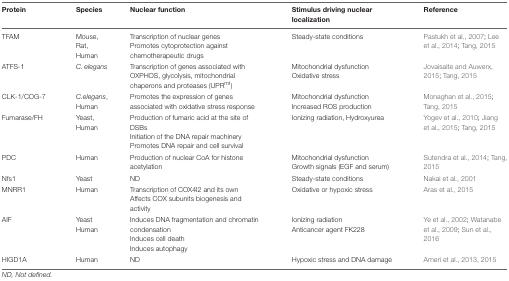
| Protein | Species | Nuclear function | Stimulus driving nuclear localization | Reference |
 | --- | --- | --- | --- | --- |
 | TFAM | Mouse, Rat, Human | Transcription of nuclear genesPromotes cytoprotection against chemotherapeutic drugs | Steady-state conditions | Pastukh et al., 2007; Lee et al., 2014; Tang, 2015 |
 | ATFS-1 | C. elegans | Transcription of genes associated with OXPHOS, glycolysis, mitochondrial chaperons and proteases (UPRmt) | Mitochondrial dysfunctionOxidative stress | Jovaisaite and Auwerx, 2015; Tang, 2015 |
 | CLK-1/COG-7 | C.elegans, Human | Promotes the expression of genes associated with oxidative stress response | Mitochondrial dysfunctionIncreased ROS production | Monaghan et al., 2015; Tang, 2015 |
 | Fumarase/FH | Yeast, Human | Production of fumaric acid at the site of DSBsInitiation of the DNA repair machineryPromotes DNA repair and cell survival | Ionizing radiation, Hydroxyurea | Yogev et al., 2010; Jiang et al., 2015; Tang, 2015 |
 | PDC | Human | Production of nuclear CoA for histone acetylation | Mitochondrial dysfunctionGrowth signals (EGF and serum) | Sutendra et al., 2014; Tang, 2015 |
 | Nfs1 | Yeast | ND | Steady-state conditions | Nakai et al., 2001 |
 | MNRR1 | Human | Transcription of COX4I2 and its ownAffects COX subunits biogenesis and activity | Oxidative or hypoxic stress | Aras et al., 2015 |
 | AIF | Yeast Human | Induces DNA fragmentation and chromatin condensationInduces cell deathInduces autophagy | Ionizing radiationAnticancer agent FK228 | Ye et al., 2002; Watanabe et al., 2009; Sun et al., 2016 |
 | HIGD1A | Human | ND | Hypoxic stress and DNA damage | Ameri et al., 2013, 2015 |